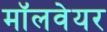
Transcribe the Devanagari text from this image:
मॉलवेयर